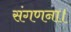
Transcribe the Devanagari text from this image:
संगणना।